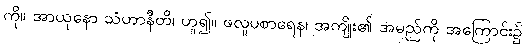
ကို။ အာယုနော သံဟာနီတိ၊ ဟူ၍။ ဖလူပစာရေန၊ အကျိုး၏ အမည်ကို အကြောင်း၌